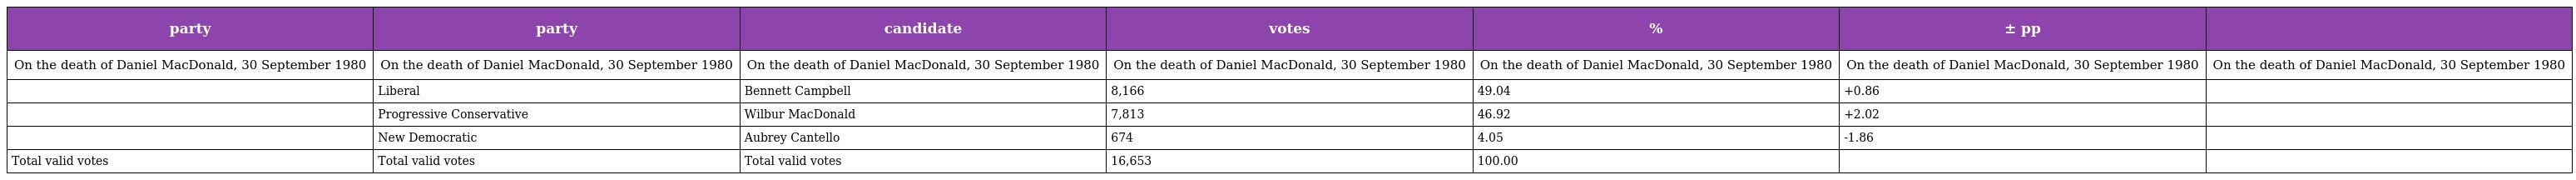
| party | party | candidate | votes | % | ± pp |  |
 | --- | --- | --- | --- | --- | --- | --- |
 | On the death of Daniel MacDonald, 30 September 1980 | On the death of Daniel MacDonald, 30 September 1980 | On the death of Daniel MacDonald, 30 September 1980 | On the death of Daniel MacDonald, 30 September 1980 | On the death of Daniel MacDonald, 30 September 1980 | On the death of Daniel MacDonald, 30 September 1980 | On the death of Daniel MacDonald, 30 September 1980 |
 |  | Liberal | Bennett Campbell | 8,166 | 49.04 | +0.86 |  |
 |  | Progressive Conservative | Wilbur MacDonald | 7,813 | 46.92 | +2.02 |  |
 |  | New Democratic | Aubrey Cantello | 674 | 4.05 | -1.86 |  |
 | Total valid votes | Total valid votes | Total valid votes | 16,653 | 100.00 |  |  |